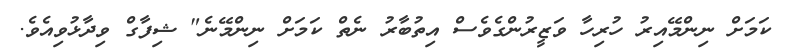
ކަމަށް ނިންމޭއިރު ހުރިހާ ވަޒީރުންގެވެސް އިތުބާރު ނެތް ކަމަށް ނިންމޭނެ" ޝިފާގް ވިދާޅުވިއެވެ.